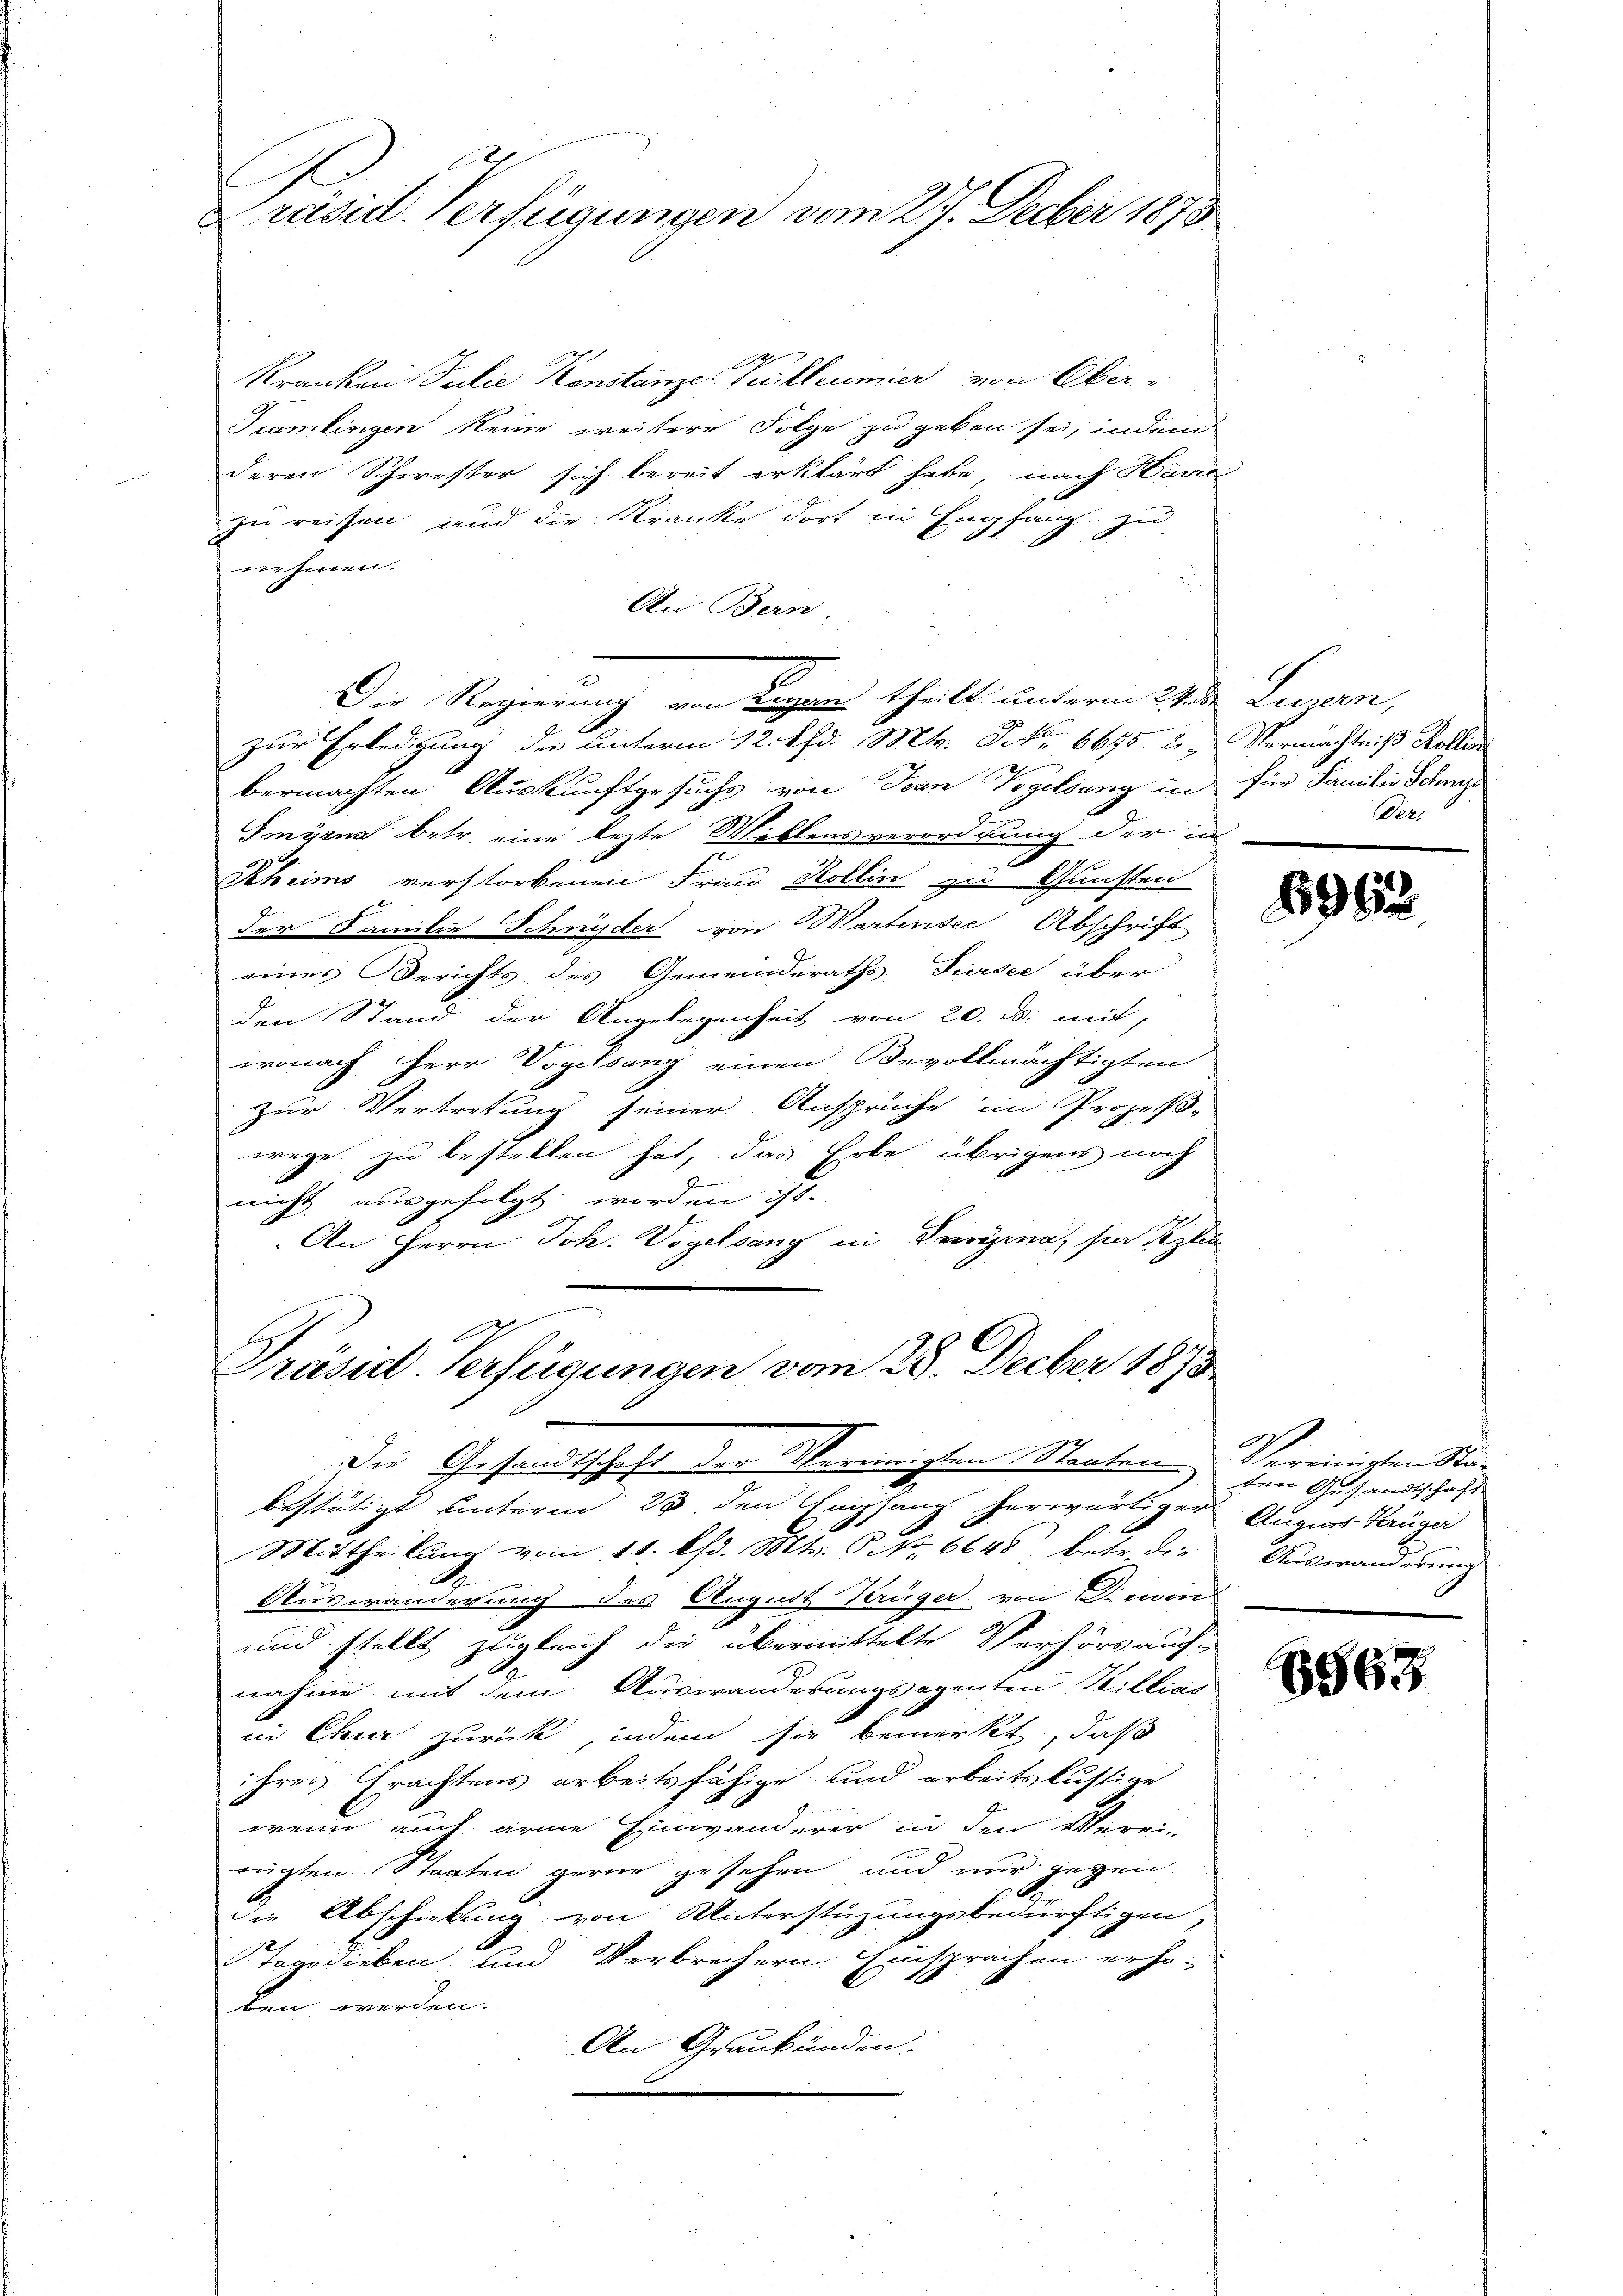
Präsid. Verfügungen vom 27. Feber 1873

Kranken Julie Konstanze Kolleumier von Ober¬
Tramlingen keine weitere Folge zu geben sei, indem
deren Schwester sich bereit erklärt habe, nach Harre
zu reisen und die Kranke dort in Empfang zu
n hinen.
An Bern
bermachten Auskunftgesuchs von Jean Vogelsang in für Familie Schnet
Smörna betr. eine lezte Willensverordnung der in
2
Seheims verstorbenen Frau Kollin zu Gunsten
der Familie Schnyder von Wartensee, Abschrift
eines Berichts des Gemeinderaths Pinsee über
den Stand der Angelegenheit von 20. ds. mit,
wonach Herr Vogelsang einen Bevollmächtigten
zur Vertretung seiner Ansprüche im Prozeß-
wege zu bestellen hat, das Erbe übrigens noch
nicht ausgefolgt worden ist.
An Herrn Joh. Vogelsang in Deinigina, sie sezten
Präsid-Verfügungen vom 28. Decber 1893

Die Regierung von Liegens theilt unterm 29 den Luzern,
zur Erledigung der Unterm 12. d. Mts. Frk. 66752, Vermächtniß Rollen

Die Gesandtschaft der Vereinigten Staaten
bestätigt unterm 23 den Empfang herwärtiger
Mittheilung vom 11. lfd. Mts. S. Nr. 6648 betr. die
A
Auswanderung des August Terüger von Dinoine
und stellt zugleich die übermittelte Verhörs auf-
nahme mit dem Auswanderungsagenten Willicir
in Chur zurück, indem sie bemerkt, daß
ihres Erachtens arbeitsfähige und arbeitslustige
wenn auch arme Einwanderer in den Verei-
rüchten. Staaten gerne gesehen und nur gegen
die Abschiebung von Unterstüzungsbedürftigen,
Tagelieben und Verbrechern Einsprachen erhoben werden.
An Graubünden.

Der:

196.

Vereinisten Stan
ten Gesandtschaft
August Krüger
Auswänderung

6563